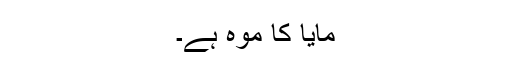
مایا کا موہ ہے۔